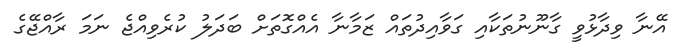
އޭނާ ވިދާޅުވީ ގާނޫނުތަކާއި ގަވާއިދުތައް ޒަމާނާ އެއްގޮތަށް ބަދަލު ކުރެވިއްޖެ ނަމަ ރާއްޖޭގެ